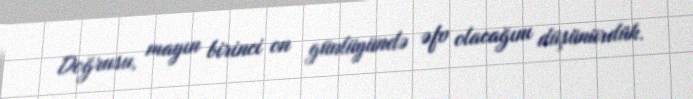
Doğrusu, mayın birinci on günlüyündə əfv olacağını düşünürdük.